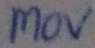
Text: MOV